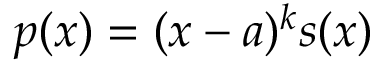
p ( x ) = ( x - a ) ^ { k } s ( x )